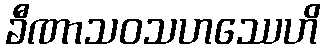
ခီဏာသဝသဟဿေဟိ